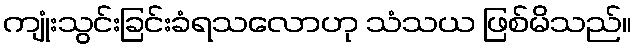
ကျုံးသွင်းခြင်းခံရသလောဟု သံသယ ဖြစ်မိသည်။